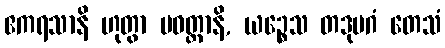
ဧကရသာနိ ဟုတွာ ပဝတ္တာနိ, ယဉ္စေသ တဒုပဂံ တေသံ